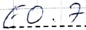
Text: E0.7